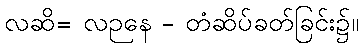
လဆိ= လဉနေ - တံဆိပ်ခတ်ခြင်း၌။